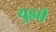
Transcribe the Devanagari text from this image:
युझी